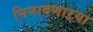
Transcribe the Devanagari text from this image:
निनादणाऱ्या